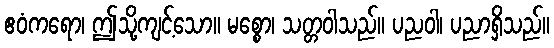
ဧဝံကရော၊ ဤသို့ကျင့်သော။ မစ္စော၊ သတ္တဝါသည်။ ပညဝါ၊ ပညာရှိသည်။